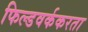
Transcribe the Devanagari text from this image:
फिल्डवर्ककरता